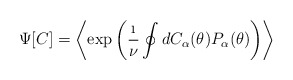
\begin{align*}\Psi[C] = \left \langle \exp\left( \frac{\i}{\nu}\oint d C_{\alpha}(\theta)P_{\alpha}(\theta)\right) \right \rangle \end{align*}